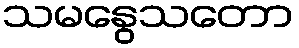
သမနွေသတော